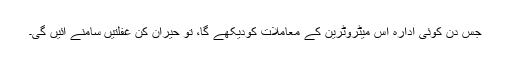
جس دن کوئی ادارہ اس میٹروٹرین کے معاملات کودیکھے گا، تو حیران کن غفلتیں سامنے آئیں گی۔